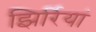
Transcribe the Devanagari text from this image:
झिर्रियां